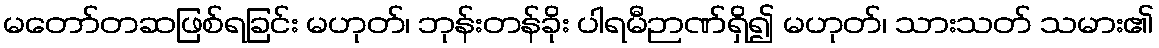
မတော်တဆဖြစ်ရခြင်း မဟုတ်၊ ဘုန်းတန်ခိုး ပါရမီဉာဏ်ရှိ၍ မဟုတ်၊ သားသတ် သမား၏